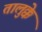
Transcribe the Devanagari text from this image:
तालुक्के